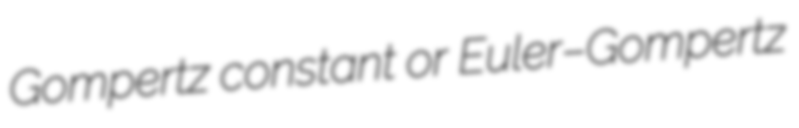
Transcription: Gompertz constant or Euler–Gompertz